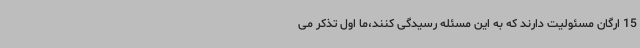
15 ارگان مسئولیت دارند که به این مسئله رسیدگی کنند،ما اول تذکر می